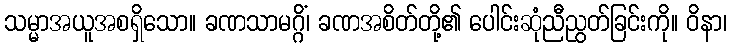
သမ္မာအယူအစရှိသော။ ခဏသာမဂ္ဂိံ၊ ခဏအစိတ်တို့၏ ပေါင်းဆုံညီညွတ်ခြင်းကို။ ဝိနာ၊